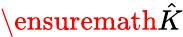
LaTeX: \ensuremath{\hat{K}}